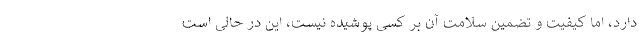
دارد، اما کیفیت و تضمین سلامت آن بر کسی پوشیده نیست، این در حالی است